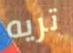
تريه